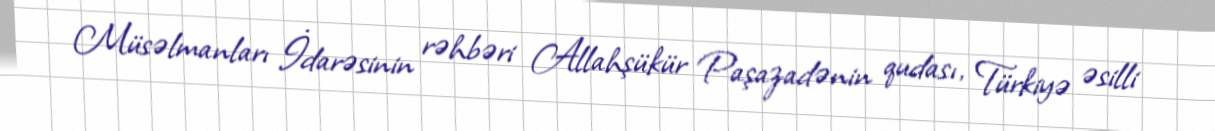
Müsəlmanları İdarəsinin rəhbəri Allahşükür Paşazadənin qudası, Türkiyə əsilli